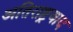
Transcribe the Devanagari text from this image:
अतिराष्ट्रवाद